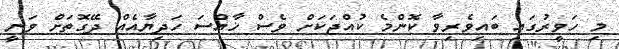
މި ހަވީރުގައި ބައިވެރިވާ ކޮންމެ ކުއްޖަކަށް ވެސް ޚާއްސަ ހަދިޔާއެއް ދޭގޮތަށް ވަނީ